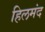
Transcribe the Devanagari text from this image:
हिलमंद